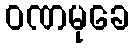
ဝဏမုခေ